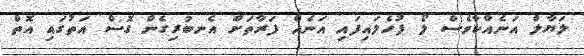
ލަޔާލް އަނެއްކާވެސް ލޯ ފުހެލައިފައި އަނެއް ފަރާތަށް އެނބުރިގެން ގޮސް އަތުގައި އޮތް